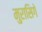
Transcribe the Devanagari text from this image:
मुरासिगे